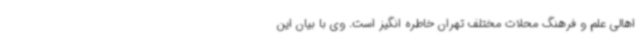
اهالی علم و فرهنگ محلات مختلف تهران خاطره انگیز است. وی با بیان این